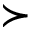
\succ